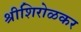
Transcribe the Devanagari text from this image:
श्रीशिरोळकर